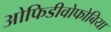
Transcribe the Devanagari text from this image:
ओफिडीवोफोबिया